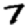
Digit: 7